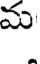
మ